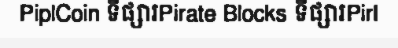
PiplCoin ទីផ្សារPirate Blocks ទីផ្សារPirl